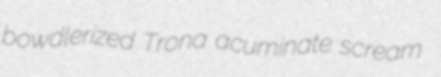
bowdlerized Trona acuminate scream